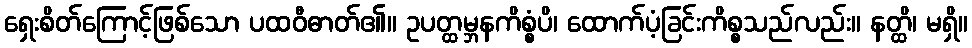
ရှေးစိတ်ကြောင့်ဖြစ်သော ပထဝီဓာတ်၏။ ဥပတ္ထမ္ဘနကိစ္စံပိ၊ ထောက်ပံ့ခြင်းကိစ္စသည်လည်း။ နတ္ထိ၊ မရှိ။